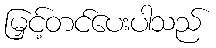
မြှင့်တင်ပေးပါသည်